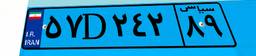
۲۹D۳۵۵۹۸